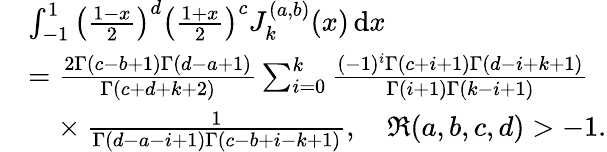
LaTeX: \begin{array}{rl}&{\int_{-1}^{1}\left(\frac{1-x}{2}\right)^{d}\left(\frac{1+x}{2}\right)^{c}J_{k}^{(a,b)}(x)\, \mathrm{d}x}\\ &{=\frac{2\Gamma(c-b+1)\Gamma(d-a+1)}{\Gamma(c+d+k+2)}\sum_{i=0}^{k}\frac{(-1)^{i}\Gamma(c+i+1)\Gamma(d-i+k+1)}{\Gamma(i+1)\Gamma(k-i+1)}}\\ &{~~~\! ~\times\frac{1}{\Gamma(d-a-i+1)\Gamma(c-b+i-k+1)},\quad\Re(a,b,c,d)>-1.}\end{array}